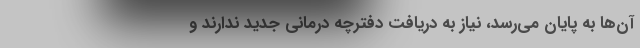
آن‌ها به پایان می‌رسد، نیاز به دریافت دفترچه درمانی جدید ندارند و